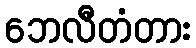
ဘေလီတံတား